Vaccination in the Punjab 1867-1880 - 1867-1880
Year: 1867
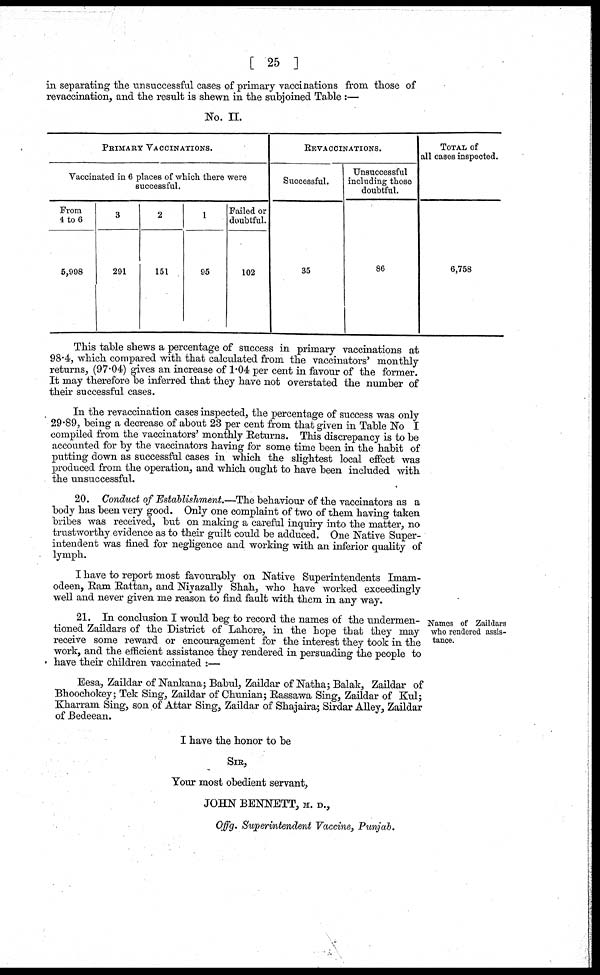
[ 25 ]
in separating the unsuccessful cases of primary vaccinations from those of
revaccination, and the result is shewn in the subjoined Table :—
No. II.
PRIMARY VACCINATIONS.
Vaccinated in 6 places of which there were
successful.
From
4 to 6
5,998
3
291
2
151
1
95
Failed or
doubtful.
102
REVACCINATIONS.
Successful.
35
Unsuccessful
including those
doubtful.
86
TOTAL of
all cases inspected.
6,758
This table shews a percentage of success in primary vaccinations at
98.4, which compared with that calculated from the vaccinators' monthly
returns, (97.04) gives an increase of 1.04 per cent in favour of the former.
It may therefore be inferred that they have not overstated the number of
their successful cases.
In the revaccination cases inspected, the percentage of success was only
29.89, being a decrease of about 23 per cent from that given in Table No I
compiled from the vaccinators' monthly Returns. This discrepancy is to be
accounted for by the vaccinators having for some time been in the habit of
putting down as successful cases in which the slightest local effect was
produced from the operation, and which ought to have been included with
the unsuccessful.
20. Conduct of Establishment.—The behaviour of the vaccinators as a
body has been very good. Only one complaint of two of them having taken
bribes was received, but on making a careful inquiry into the matter, no
trustworthy evidence as to their guilt could be adduced. One Native Super-
intendent was fined for negligence and working with an inferior quality of
lymph.
I have to report most favourably on Native Superintendents Imam-
odeen, Ram Rattan, and Niyazally Shah, who have worked exceedingly
well and never given me reason to find fault with them in any way.
Names of Zaildars
who rendered assis-
tance.
21. In conclusion I would beg to record the names of the undermen-
tioned Zaildars of the District of Lahore, in the hope that they may
receive some reward or encouragement for the interest they took in the
work, and the efficient assistance they rendered in persuading the people to
have their children vaccinated :—
Eesa, Zaildar of Nankana; Babul, Zaildar of Natha; Balak, Zaildar of
Bhoochokey; Tek Sing, Zaildar of Chunian; Rassawa Sing, Zaildar of Kul;
Kharram Sing, son of Attar Sing, Zaildar of Shajaira; Sirdar Alley, Zaildar
of Bedeean.
I have the honor to be
SIR,
Your most obedient servant,
JOHN BENNETT, M. D.,
Offg. Superintendent Vaccine, Punjab.